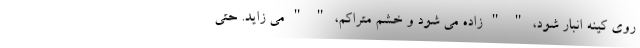
روی کینه انبار شود، " " زاده می شود و خشم متراکم، " " می زاید. حتی